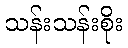
သန်းသန်းစိုး